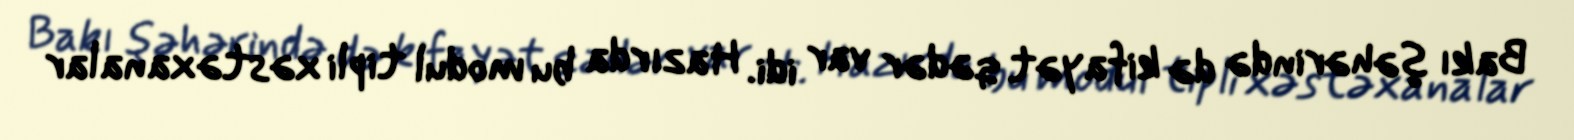
Bakı şəhərində də kifayət qədər var idi. Hazırda bu modul tipli xəstəxanalar